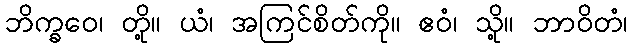
ဘိက္ခဝေ၊ တို့။ ယံ၊ အကြင်စိတ်ကို။ ဧဝံ၊ သို့။ ဘာဝိတံ၊